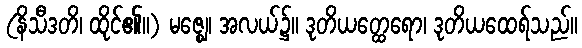
(နိသီဒတိ၊ ထိုင်၏။) မဇ္ဈေ၊ အလယ်၌။ ဒုတိယတ္ထေရော၊ ဒုတိယထေရ်သည်။